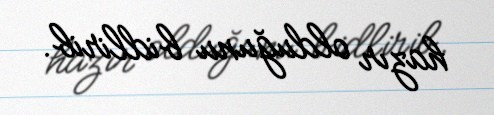
hazır olduğunu bidlirib.